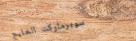
سوبرماركت الخليج